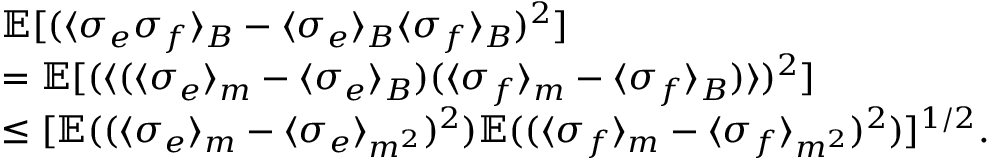
\begin{array} { r l } & { \mathbb { E } [ ( \langle \sigma _ { e } \sigma _ { f } \rangle _ { B } - \langle \sigma _ { e } \rangle _ { B } \langle \sigma _ { f } \rangle _ { B } ) ^ { 2 } ] } \\ & { = \mathbb { E } [ ( \langle ( \langle \sigma _ { e } \rangle _ { m } - \langle \sigma _ { e } \rangle _ { B } ) ( \langle \sigma _ { f } \rangle _ { m } - \langle \sigma _ { f } \rangle _ { B } ) \rangle ) ^ { 2 } ] } \\ & { \le [ \mathbb { E } ( ( \langle \sigma _ { e } \rangle _ { m } - \langle \sigma _ { e } \rangle _ { m ^ { 2 } } ) ^ { 2 } ) \mathbb { E } ( ( \langle \sigma _ { f } \rangle _ { m } - \langle \sigma _ { f } \rangle _ { m ^ { 2 } } ) ^ { 2 } ) ] ^ { 1 / 2 } . } \end{array}